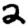
Digit: 2